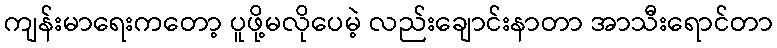
ကျန်းမာရေးကတော့ ပူဖို့မလိုပေမဲ့ လည်းချောင်းနာတာ အာသီးရောင်တာ